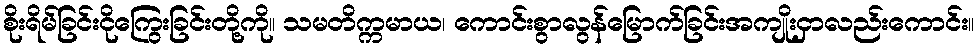
စိုးရိမ်ခြင်းငိုကြွေးခြင်းတို့ကို။ သမတိက္ကမာယ၊ ကောင်းစွာလွန်မြောက်ခြင်းအကျိုးငှာလည်းကောင်း။